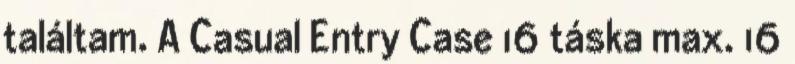
találtam. A Casual Entry Case 16 táska max. 16